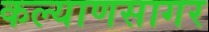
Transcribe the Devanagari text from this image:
कल्याणसागर